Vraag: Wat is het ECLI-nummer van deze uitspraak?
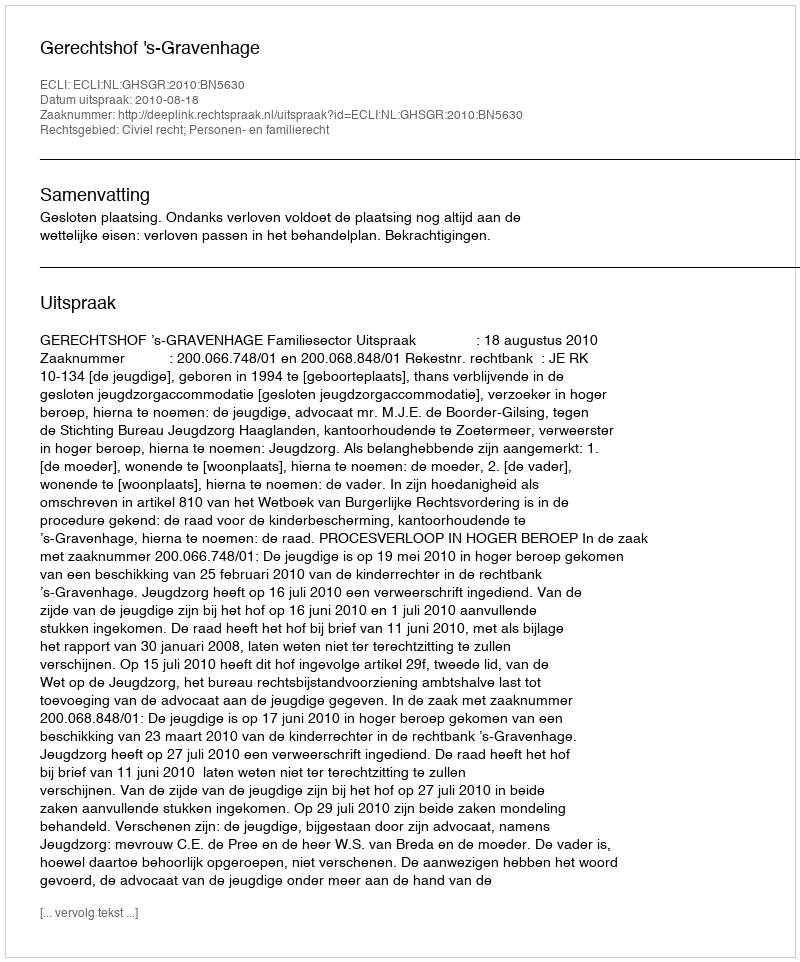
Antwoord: ECLI:NL:GHSGR:2010:BN5630